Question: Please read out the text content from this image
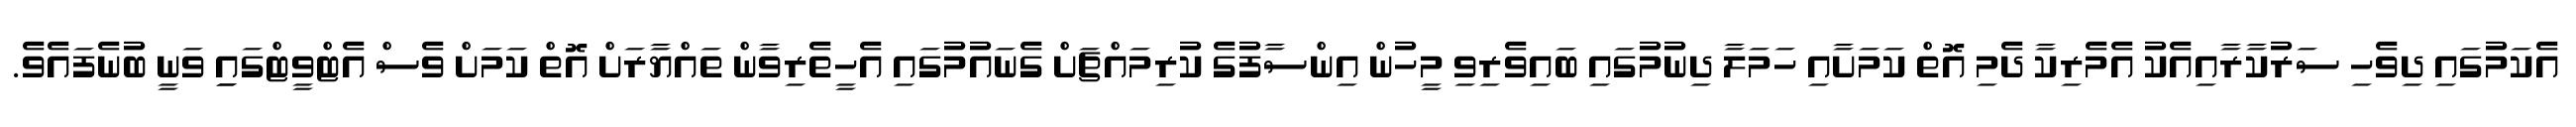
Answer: އެކަމުގައި ދިވެހި ސަރުކާރާއިއެކު އެމެރިކާ ދެމި އޮތް ކަމަށާއި ހަމަލާ ދިނުމުގައި ބައިވެރިވި މީހުން އިންސާފުގެ ކުރިމައްޗަށް ގެނައުމުގައި އެހީތެރިވާން ތައްޔާރަށް އޮތް ކަމަށް ވެސް އެޓްވީޓްގައިި ވަނީ ބުނެފައެވެ.